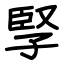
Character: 孯